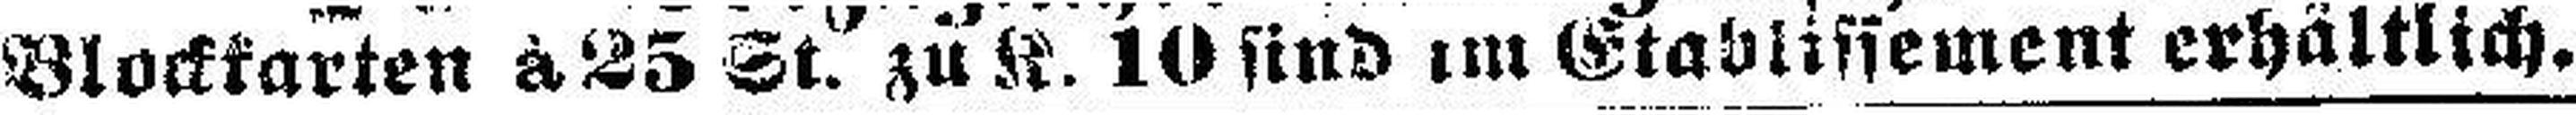
Blockarten à 25 St. zu K. 10 sind im Etablissement erhältlich.